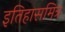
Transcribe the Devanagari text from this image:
इतिहासमित्र